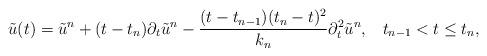
LaTeX: \begin{align*}\tilde{u}(t)=\tilde{u}^{n}+ (t-t_{n})\partial_t\tilde{u}^{n}-\frac{(t-t_{n-1})(t_n-t)^2}{k_n}\partial_t^2\tilde{u}^n,\;\;\; t_{n-1} < t \leq t_n,\end{align*}